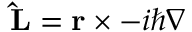
\mathbf { \hat { L } } = \mathbf { r } \times - i \hbar \nabla